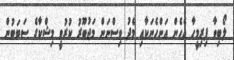
ލޯބިވާ ފިރިމީހާ އެހެން އަންހެނަކާއި މެދު ވިސްނަން މަޖުބޫރު ކުރުވީ މިޝްކާގެ ސަބަބުން